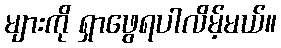
များကို ရှာဖွေရပါလိမ့်မယ်။